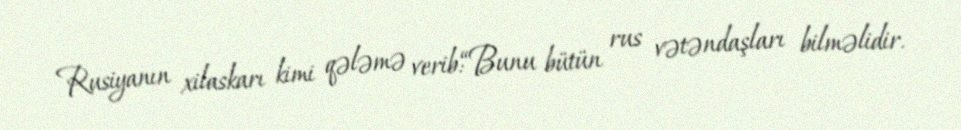
Rusiyanın xilaskarı kimi qələmə verib:“Bunu bütün rus vətəndaşları bilməlidir.